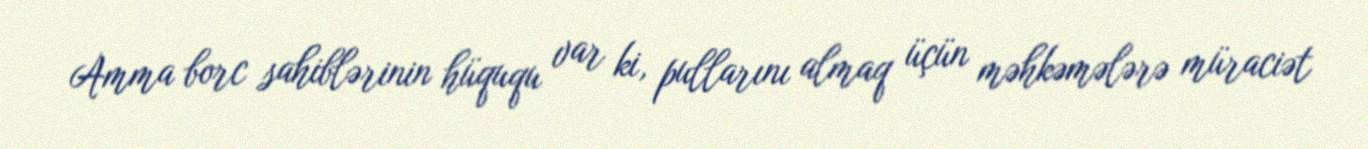
Amma borc sahiblərinin hüququ var ki, pullarını almaq üçün məhkəmələrə müraciət